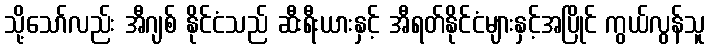
သို့သော်လည်း အီဂျစ် နိုင်ငံသည် ဆီးရီးယားနှင့် အီရတ်နိုင်ငံများနှင့်အပြိုင် ကွယ်လွန်သူ